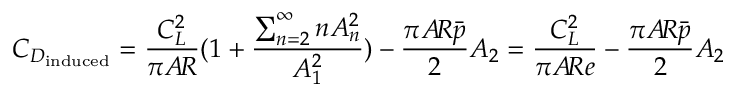
C _ { D _ { \mathrm { i n d u c e d } } } = { \frac { C _ { L } ^ { 2 } } { \pi A \! R } } ( 1 + { \frac { \sum _ { n = 2 } ^ { \infty } n A _ { n } ^ { 2 } } { A _ { 1 } ^ { 2 } } } ) - { \frac { \pi A \! R { \bar { p } } } { 2 } } A _ { 2 } = { \frac { C _ { L } ^ { 2 } } { \pi A \! R e } } - { \frac { \pi A \! R { \bar { p } } } { 2 } } A _ { 2 }